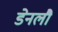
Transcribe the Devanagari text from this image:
डेनलौ